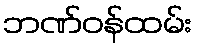
ဘဏ်ဝန်ထမ်း